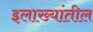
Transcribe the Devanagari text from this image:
इलाख्यांतील